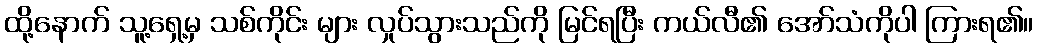
ထို့နောက် သူ့ရှေ့မှ သစ်ကိုင်း များ လှုပ်သွားသည်ကို မြင်ရပြီး ကယ်လီ၏ အော်သံကိုပါ ကြားရ၏။